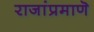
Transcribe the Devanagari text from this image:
राजांप्रमाणॆ